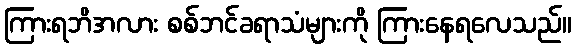
ကြားရဘိအလား စစ်ဘင်ခရာသံများကို ကြားနေရလေသည်။